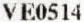
VE0514